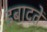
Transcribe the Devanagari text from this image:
इबादतें